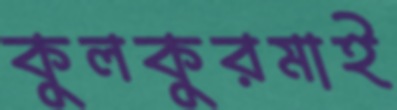
কুলকুরমাই